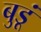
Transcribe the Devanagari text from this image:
बुडूं